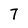
Character: 7